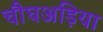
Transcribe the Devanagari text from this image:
चौघअड़िया